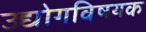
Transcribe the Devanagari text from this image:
उद्योगविषयक